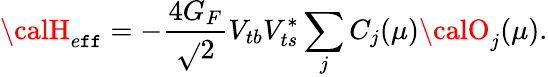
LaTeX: {\calH}_{e\mathtt{f}\mathtt{f}}=-\frac{{4G_{F}}}{{\sqrt{}{{2}}}}V_{tb}V_{ts}^{*}\sum_{j}C_{j}(\mu){\calO}_{j}(\mu).